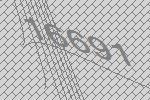
16691